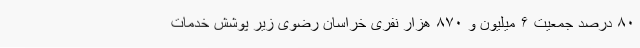
۸۰ درصد جمعیت ۶ میلیون و ۸۷۰ هزار نفری خراسان رضوی زیر پوشش خدمات